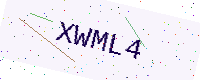
Text: XWML4